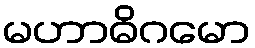
မဟာဓိဂမော